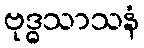
ဗုဒ္ဓသာသနံ